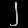
Digit: ၂